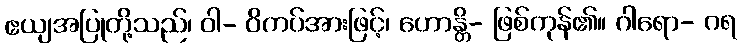
ဧယျအပြုတို့သည်၊ ဝါ- ဝိကပ်အားဖြင့်၊ ဟောန္တိ- ဖြစ်ကုန်၏။ ဂါရော- ဂရ